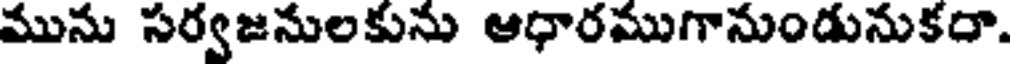
మును సర్వజనులకును ఆధారముగానుండునుకదా.